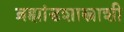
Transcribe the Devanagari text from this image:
ब्रह्मांडशास्त्राशी